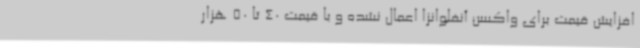
افزایش قیمت برای واکسن آنفلوانزا اعمال نشده و با قیمت 40 تا 50 هزار